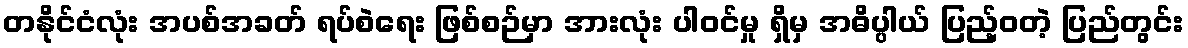
တနိုင်ငံလုံး အပစ်အခတ် ရပ်စဲရေး ဖြစ်စဉ်မှာ အားလုံး ပါဝင်မှု ရှိမှ အဓိပ္ပါယ် ပြည့်ဝတဲ့ ပြည်တွင်း